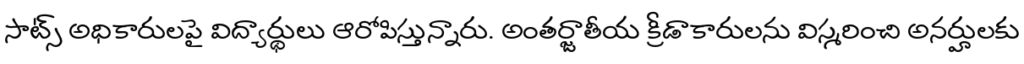
సాట్స్ అధికారులపై విద్యార్థులు ఆరోపిస్తున్నారు. అంతర్జాతీయ క్రీడాకారులను విస్మరించి అనర్హులకు